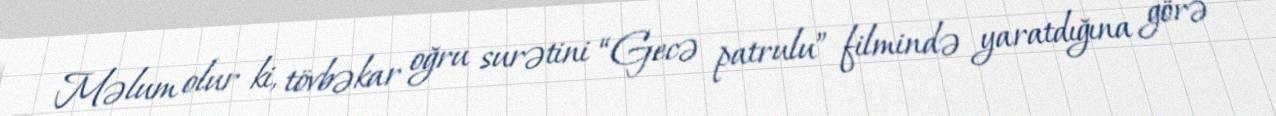
Məlum olur ki, tövbəkar oğru surətini “Gecə patrulu” filmində yaratdığına görə